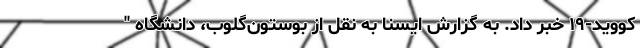
کووید-۱۹ خبر داد. به گزارش ایسنا به نقل از بوستون‌گلوب، دانشگاه "